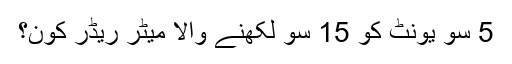
5 سو یونٹ کو 15 سو لکھنے والا میٹر ریڈر کون؟